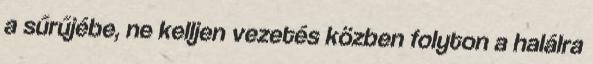
a sűrűjébe, ne kelljen vezetés közben folyton a halálra